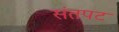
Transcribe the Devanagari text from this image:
संतपट